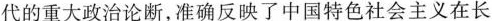
代的重大政治论断，准确反映了中国特色社会主义在长